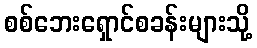
စစ်ဘေးရှောင်စခန်းများသို့